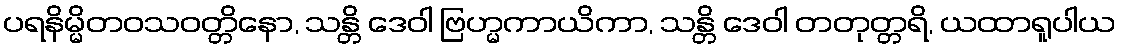
ပရနိမ္မိတဝသဝတ္တိနော, သန္တိ ဒေဝါ ဗြဟ္မကာယိကာ, သန္တိ ဒေဝါ တတုတ္တရိ, ယထာရူပါယ